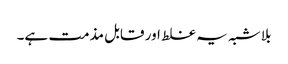
بلا شبہ یہ غلط اور قابل مذمت ہے۔